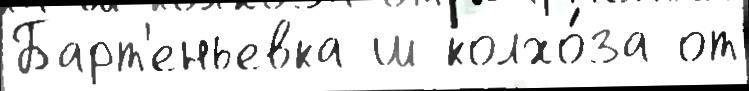
Барт'еньевка ш колхо́за от